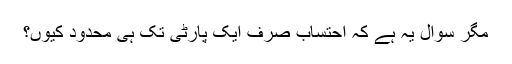
مگر سوال یہ ہے کہ احتساب صرف ایک پارٹی تک ہی محدود کیوں؟